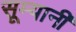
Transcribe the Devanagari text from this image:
सूम्‍यानी